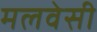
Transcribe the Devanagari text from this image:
मलवेसी